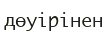
дөуірінен